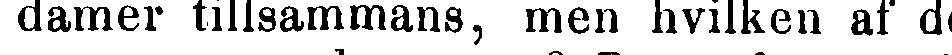
damer tillsammans, men hvilken af de